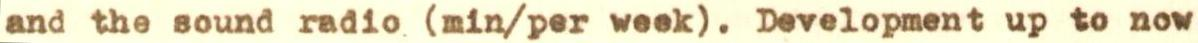
and the sound radio (min/per week). Development up to now